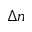
\Delta n